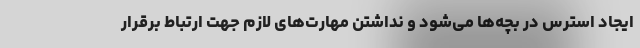
ایجاد استرس در بچه‌ها می‌شود و نداشتن مهارت‌های لازم جهت ارتباط برقرار